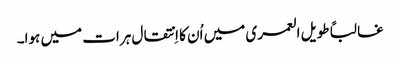
غالباً طویل العمری میں اُن کا اِنتقال ہرات میں ہوا۔